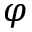
\varphi